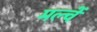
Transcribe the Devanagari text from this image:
मल्चें